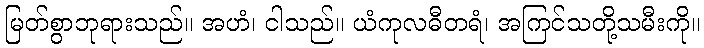
မြတ်စွာဘုရားသည်။ အဟံ၊ ငါသည်။ ယံကုလဓီတရံ၊ အကြင်သတို့သမီးကို။